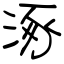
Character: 涿